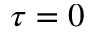
\tau = 0